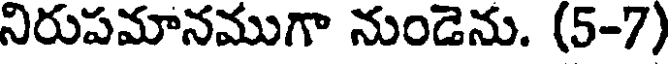
నిరుపమానముగా నుండెను. (5-7)